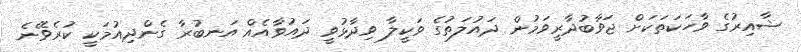
ޝާއިރުގެ ވާހަކަތަކަށް ޖަވާބުދާރީވަމުން ދައުލަތުގެ ވަކީލާ ވިދާޅުވީ ދައުވާއެއް އަނބުރާ ގެންދިއުމަކީ ކުރެވޭނެ